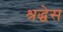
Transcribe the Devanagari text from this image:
श्रद्धेस